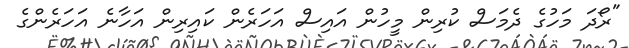
"ރޯދަ މަހުގެ ދެމަސް ކުރިން މީހުން އައިސް އަހަރެން ކައިރިން އަހާނެ އަހަރެންގެ